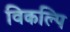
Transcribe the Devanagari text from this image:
विकल्पि